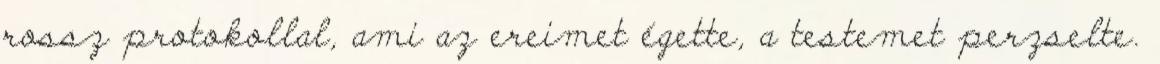
rossz protokollal, ami az ereimet égette, a testemet perzselte.